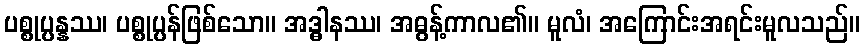
ပစ္စုပ္ပန္နဿ၊ ပစ္စုပ္ပန်ဖြစ်သော။ အဒ္ဓါနဿ၊ အဓွန့်ကာလ၏။ မူလံ၊ အကြောင်းအရင်းမူလသည်။